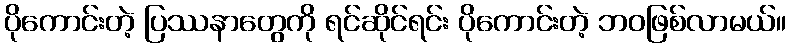
ပိုကောင်းတဲ့ ပြဿနာတွေကို ရင်ဆိုင်ရင်း ပိုကောင်းတဲ့ ဘဝဖြစ်လာမယ်။